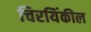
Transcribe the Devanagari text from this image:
चिरयिंकील